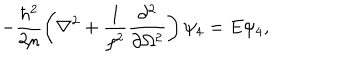
LaTeX: - \frac { \hbar ^ { 2 } } { 2 \mu } \left( \nabla ^ { 2 } + \frac { 1 } { \rho ^ { 2 } } \frac { \partial ^ { 2 } } { \partial \Omega ^ { 2 } } \right) \psi _ { 4 } = E \psi _ { 4 } ,